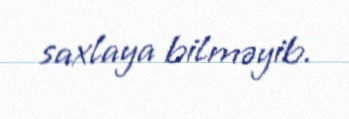
saxlaya bilməyib.